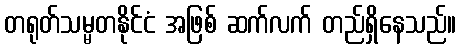
တရုတ်သမ္မတနိုင်ငံ အဖြစ် ဆက်လက် တည်ရှိနေသည်။